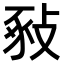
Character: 𢽚